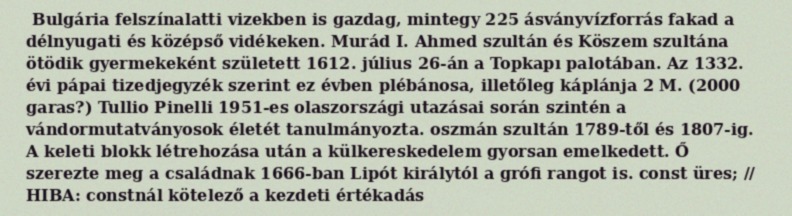
Bulgária felszínalatti vizekben is gazdag, mintegy 225 ásványvízforrás fakad a délnyugati és középső vidékeken. Murád I. Ahmed szultán és Köszem szultána ötödik gyermekeként született 1612. július 26-án a Topkapı palotában. Az 1332. évi pápai tizedjegyzék szerint ez évben plébánosa, illetőleg káplánja 2 M. (2000 garas?) Tullio Pinelli 1951-es olaszországi utazásai során szintén a vándormutatványosok életét tanulmányozta. oszmán szultán 1789-től és 1807-ig. A keleti blokk létrehozása után a külkereskedelem gyorsan emelkedett. Ő szerezte meg a családnak 1666-ban Lipót királytól a grófi rangot is. const üres; // HIBA: constnál kötelező a kezdeti értékadás